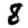
Digit: 8